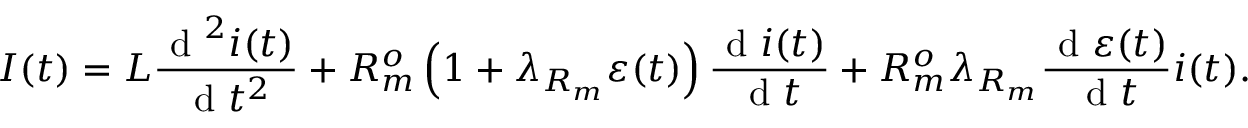
I ( t ) = L \frac { \textrm { d } ^ { 2 } i ( t ) } { \textrm { d } t ^ { 2 } } + R _ { m } ^ { o } \left( 1 + \lambda _ { R _ { m } } \varepsilon ( t ) \right) \frac { \textrm { d } i ( t ) } { \textrm { d } t } + R _ { m } ^ { o } \lambda _ { R _ { m } } \frac { \textrm { d } \varepsilon ( t ) } { \textrm { d } t } i ( t ) .